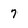
Character: 7